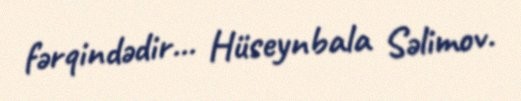
fərqindədir... Hüseynbala Səlimov.